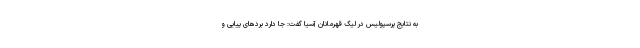
به نتایج پرسپولیس در لیگ قهرمانان آسیا گفت: جا دارد بردهای پیایی و